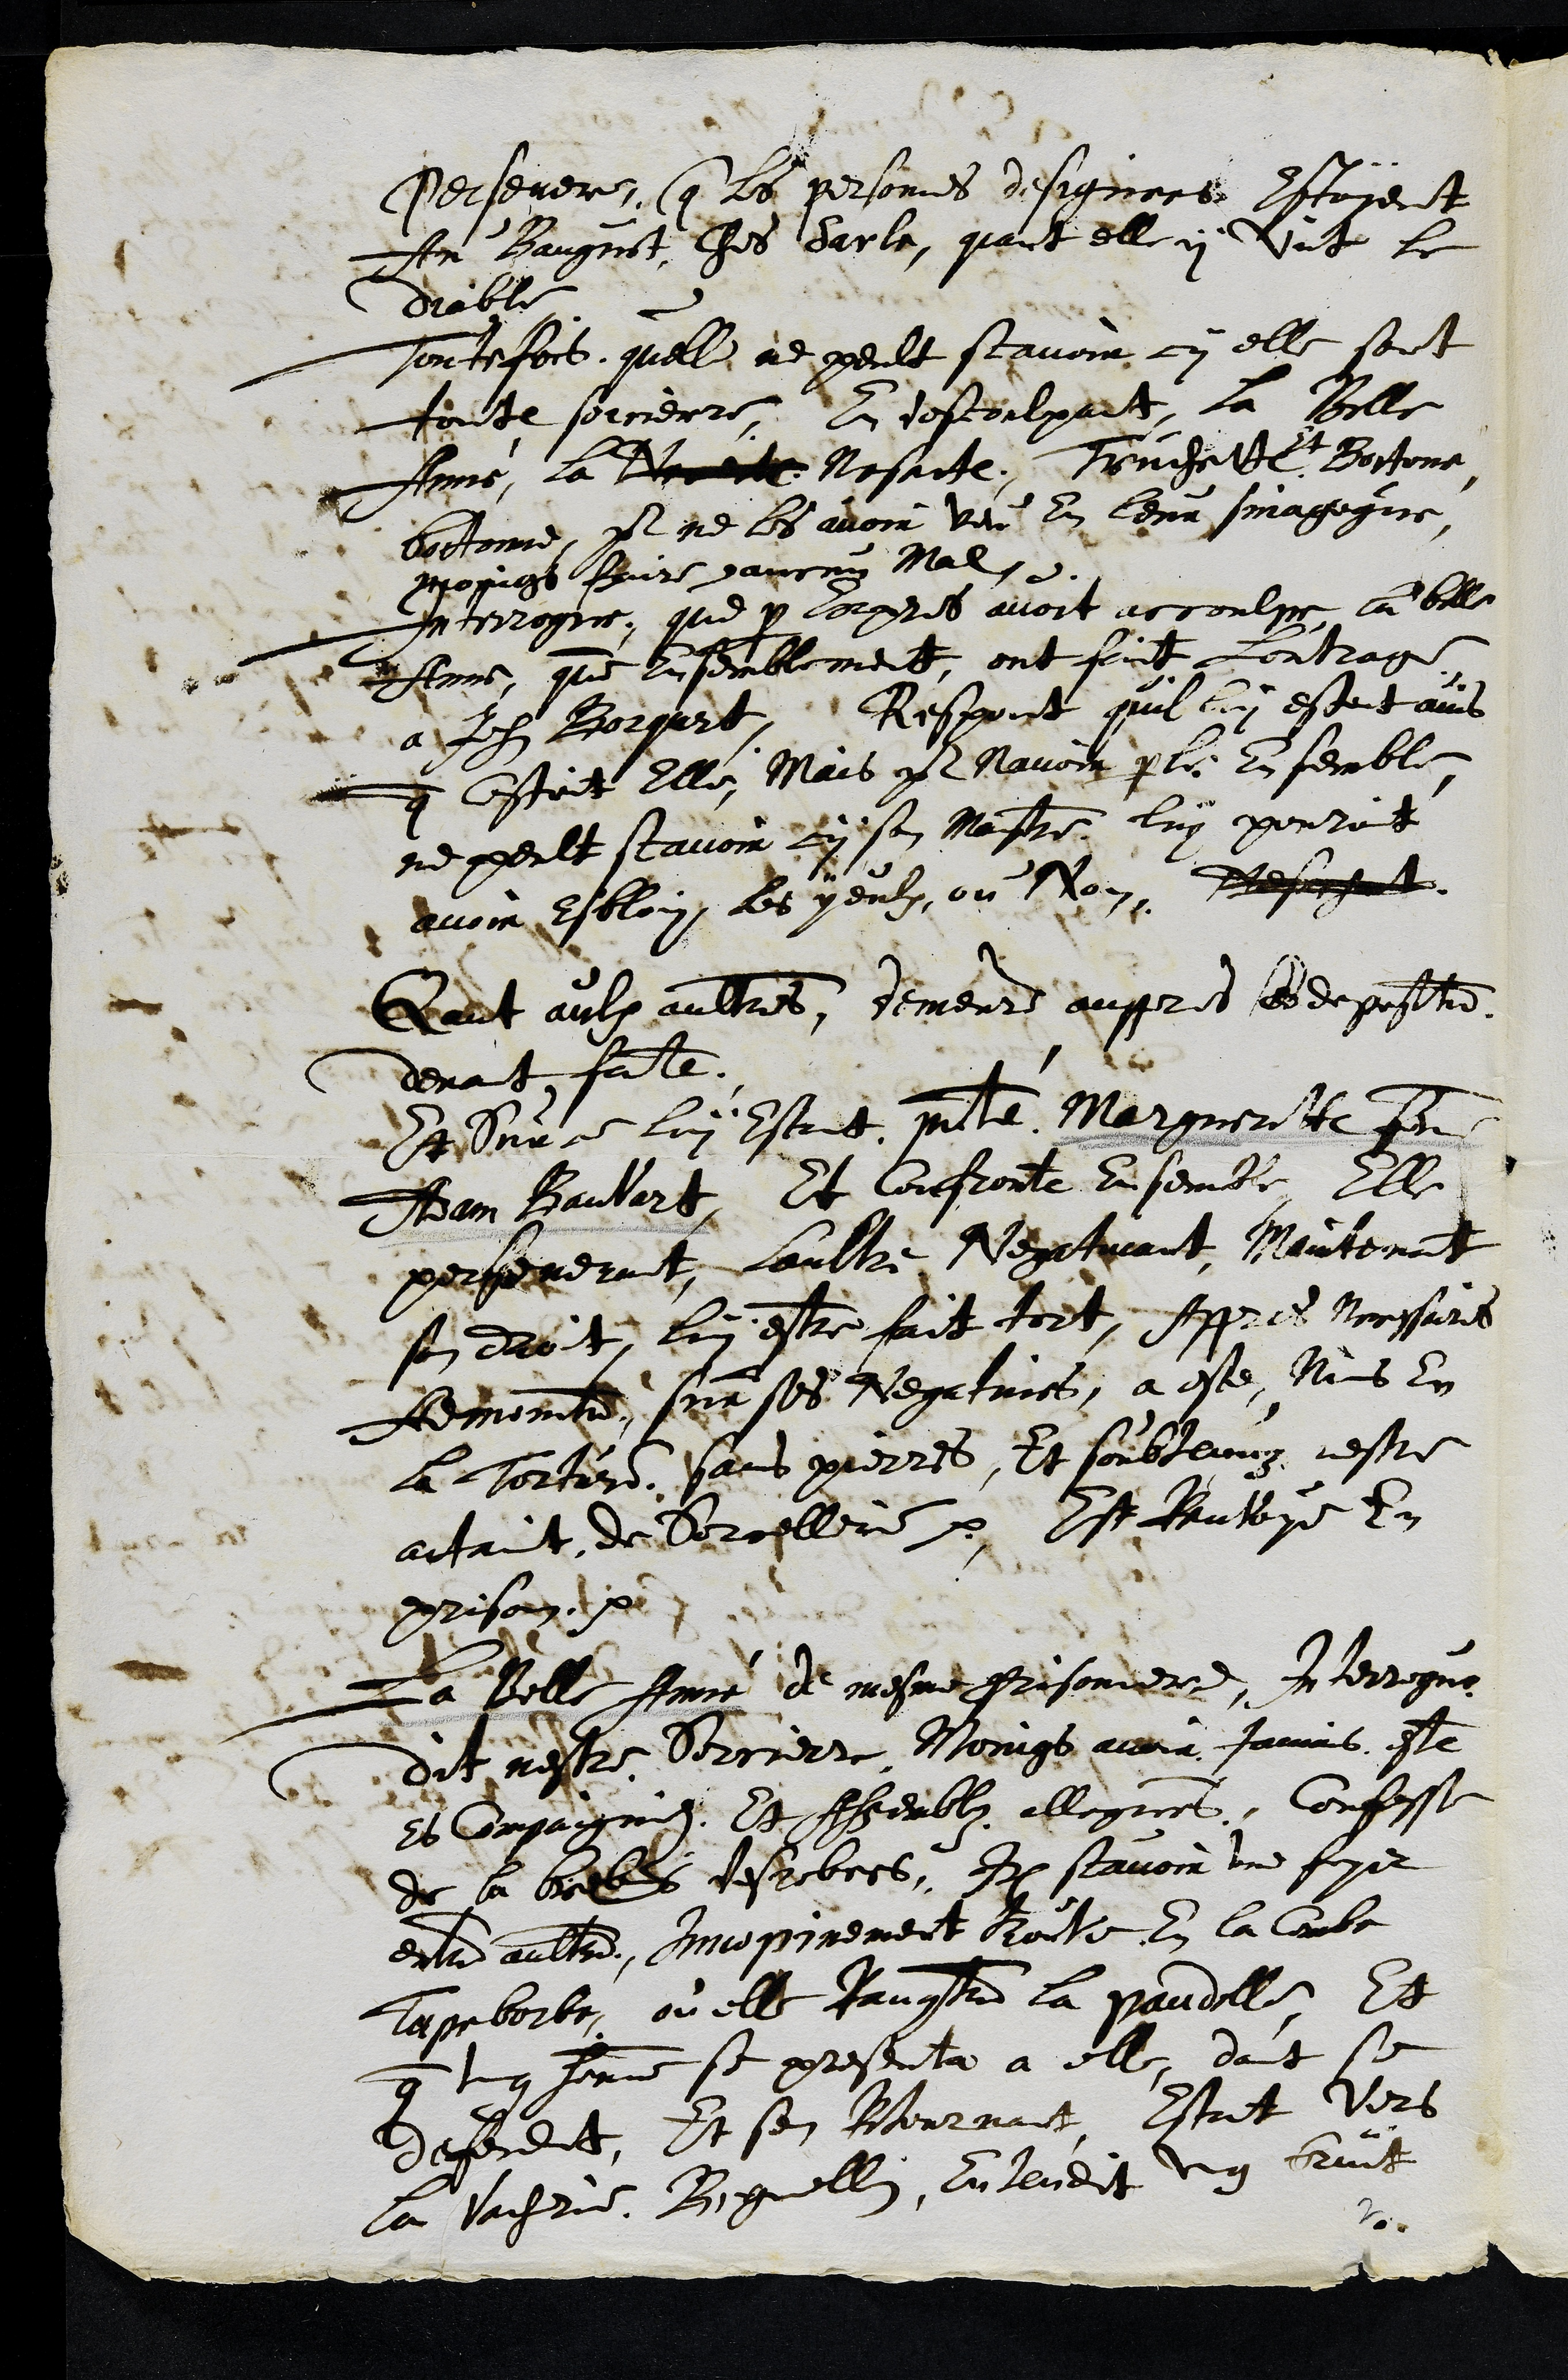
Persever, que la personnes desigiiors Iltoient
An Bangnit ches darle, qant ell y vit te
dable
Tontefois, quelle a peult scavoir cy elle sort
foute sorcierrs, A destoulpart la Bille
Eonme, la Voelle Nesatte, Trnchette
23
+ Bortone
cortoine, Il ne ls avoir vne en leur sinagegire
moings Poire gaucry Mal.
Interrogee, que y corpres avoit uecoulu la belle
Eons, que lisemblement, ont foict Lontrage
a Ih Borgartin, Respont quil lui estetains
scestoit elle, Mais y Mavoir pereti. en femble
ne peult scavoir cy son Mestre luy ponret
avoir esbloy, les yeulz, ou Non, Neffnt
Gheut aulx aultres, demeurs aupprist ses deposat.
devat faite.
Senbvre lui estrit maisnte Marguerite
Aan Baulort. Et Confronte Ensembe, Elle
perseverut loultre Nextvant, Montenant
si droit, luy estre fait tort Appres tossirs
Aemond sur ses Nepatries a este, Mis lin
Lchorterde pans pierres, Et soubtenuy restre
attant de Brollire Est Rruteye Eu
Prison I
La Belle feme de mesme Prisonier, Interrogue
Cditinestre Birirt Moings atra famas et
Es Cpage et Rherble ellegrees, Confesse
de sa bellles tessebers, Aix scavoir une foye
enlad aultre, Iinopinement Roile lue la Courbe
Lapeberbe ou elle Ragntrent la paudol. Et
que luy femme se presenta a elle, dont se
defendit. Et son Isournant Estoit virs
ca Vache. Bguellin, lu ludit ung bruit
2